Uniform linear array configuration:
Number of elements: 32
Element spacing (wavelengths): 0.25
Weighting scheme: uniform
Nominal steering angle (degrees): -15
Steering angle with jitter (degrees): -15.918
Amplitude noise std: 0.05
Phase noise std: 0.05

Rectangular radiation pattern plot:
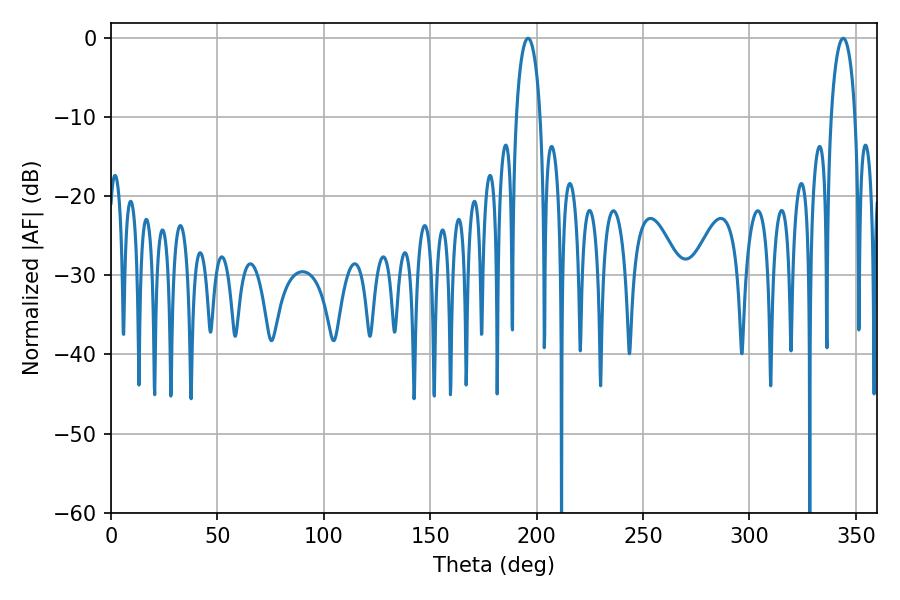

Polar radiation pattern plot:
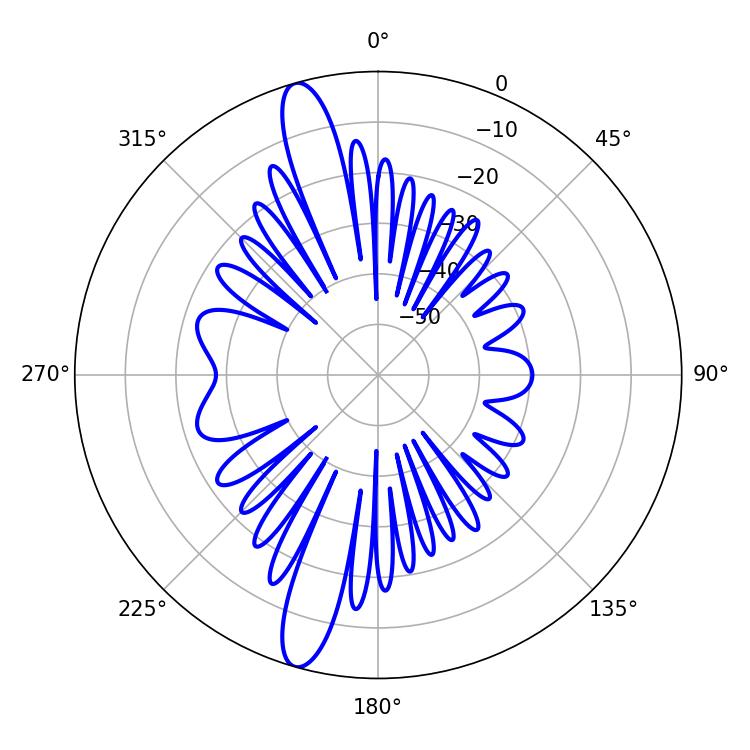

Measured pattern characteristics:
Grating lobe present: FALSE
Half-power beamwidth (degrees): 6.48
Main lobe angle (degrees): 343.98